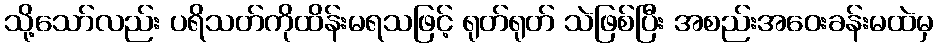
သို့သော်လည်း ပရိသတ်ကိုထိန်းမရသဖြင့် ရုတ်ရုတ် သဲဖြစ်ပြီး အစည်းအဝေးခန်းမထဲမှ